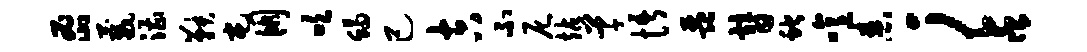
密葳漕鞅屯朋吹蝎己吉不尼站草悟琵替蛇噫舂；占